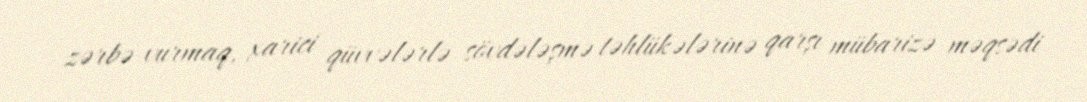
zərbə vurmaq, xarici qüvvələrlə sövdələşmə təhlükələrinə qarşı mübarizə məqsədi